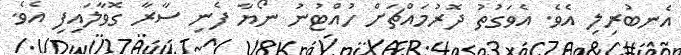
އެނބުރިލި އެވެ. އެވަގުތު ދޮރުމައްޗަށް ހުއްޓުނު ނޯޔާ ފެނި ސާރާ ގޮވާލައިފި އެވެ.